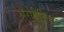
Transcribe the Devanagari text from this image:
अरोमैटिक्स